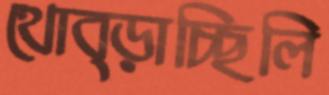
থোব্‌ড়াচ্ছিলি